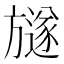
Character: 𣄚